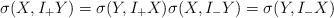
LaTeX: \begin{align*}\sigma(X,I_+Y) = \sigma(Y,I_+X) \sigma(X,I_-Y) = \sigma(Y,I_-X)\end{align*}